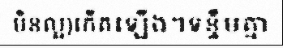
មិនល្អ)កើតឡើង។ទន្ទឹមគ្នា